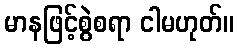
မာနဖြင့်စွဲစရာ ငါမဟုတ်။